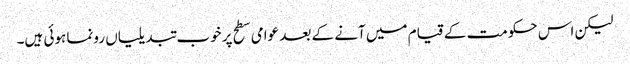
لیکن اس حکومت کے قیام میں آنے کے بعد عوامی سطح پر خوب تبدیلیاں رونما ہوئی ہیں۔